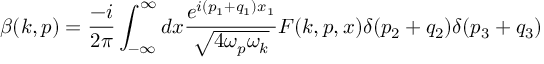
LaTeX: \beta ( k , p ) = \frac { - i } { 2 \pi } \int _ { - \infty } ^ { \infty } d x \frac { e ^ { i ( p _ { 1 } + q _ { 1 } ) x _ { 1 } } } { \sqrt { 4 \omega _ { p } \omega _ { k } } } F ( k , p , x ) \delta ( p _ { 2 } + q _ { 2 } ) \delta ( p _ { 3 } + q _ { 3 } )